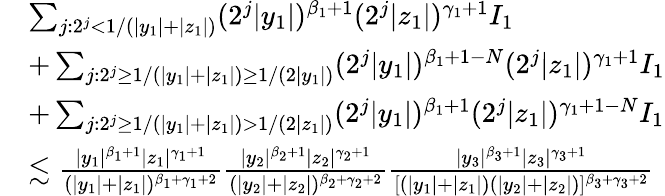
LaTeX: \begin{array}{rl}&{\sum_{j\colon 2^{j}<1/(|y_{1}|+|z_{1}|)}(2^{j}|y_{1}|)^{\beta_{1}+1}(2^{j}|z_{1}|)^{\gamma_{1}+1}I_{1}}\\ &{+\sum_{j\colon 2^{j}\ge 1/(|y_{1}|+|z_{1}|)\ge 1/{(2|y_{1}|)}}(2^{j}|y_{1}|)^{\beta_{1}+1-N}(2^{j}|z_{1}|)^{\gamma_{1}+1}I_{1}}\\ &{+\sum_{j\colon 2^{j}\ge 1/(|y_{1}|+|z_{1}|)>1/{(2|z_{1}|)}}(2^{j}|y_{1}|)^{\beta_{1}+1}(2^{j}|z_{1}|)^{\gamma_{1}+1-N}I_{1}}\\ &{\lesssim\frac{|y_{1}|^{\beta_{1}+1}|z_{1}|^{\gamma_{1}+1}}{(|y_{1}|+|z_{1}|)^{\beta_{1}+\gamma_{1}+2}}\frac{|y_{2}|^{\beta_{2}+1}|z_{2}|^{\gamma_{2}+1}}{(|y_{2}|+|z_{2}|)^{\beta_{2}+\gamma_{2}+2}}\frac{|y_{3}|^{\beta_{3}+1}|z_{3}|^{\gamma_{3}+1}}{[(|y_{1}|+|z_{1}|)(|y_{2}|+|z_{2}|)]^{\beta_{3}+\gamma_{3}+2}}}\end{array}